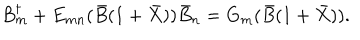
B _ { m } ^ { \dagger } + E _ { m n } ( \bar { B } ( 1 + \bar { X } ) ) \bar { B } _ { n } = G _ { m } ( \bar { B } ( 1 + \bar { X } ) ) .